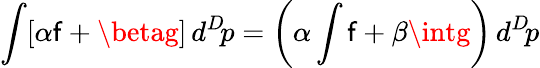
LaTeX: \int[\alpha\mathsf{f}+\betag]\, d^{D}\! p=\left(\alpha\int\mathsf{f}+\beta\intg\right)\, d^{D}\! p